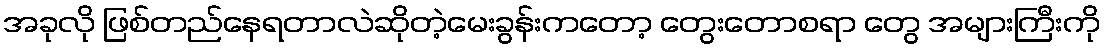
အခုလို ဖြစ်တည်နေရတာလဲဆိုတဲ့မေးခွန်းကတော့ တွေးတောစရာ တွေ အများကြီးကို